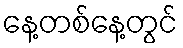
နေ့တစ်နေ့တွင်